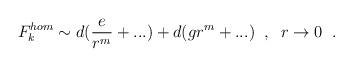
LaTeX: \begin{align*} F^{hom}_{k}\sim d(\frac{e}{r^{m}}+...)+d(gr^{m}+...) \;\;, \;\;r\rightarrow 0 \;\;.\end{align*}